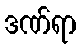
ဒဏ်ရာ